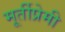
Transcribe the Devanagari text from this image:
मूर्तीप्रेमी